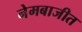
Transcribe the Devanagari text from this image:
नेमबाजीत